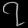
Digit: ၇